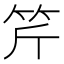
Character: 𥬊